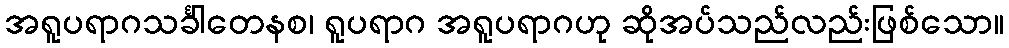
အရူပရာဂသင်္ခါတေနစ၊ ရူပရာဂ အရူပရာဂဟု ဆိုအပ်သည်လည်းဖြစ်သော။